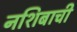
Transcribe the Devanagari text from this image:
नशिबाची